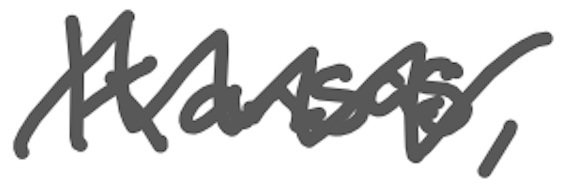
Text: Kansas,
Cross-out: mix
Writing tool: digital_gray